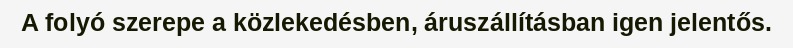
A folyó szerepe a közlekedésben, áruszállításban igen jelentős.